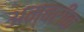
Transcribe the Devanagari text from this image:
अम्बरीक